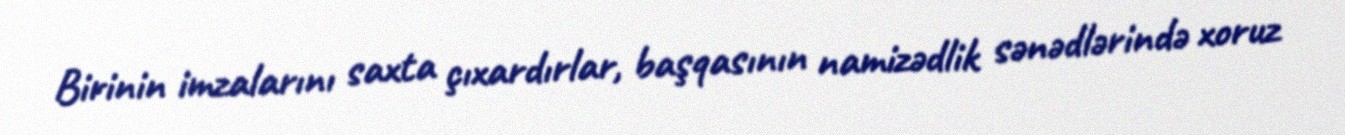
Birinin imzalarını saxta çıxardırlar, başqasının namizədlik sənədlərində xoruz